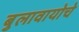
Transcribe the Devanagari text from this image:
बुलावायोचे